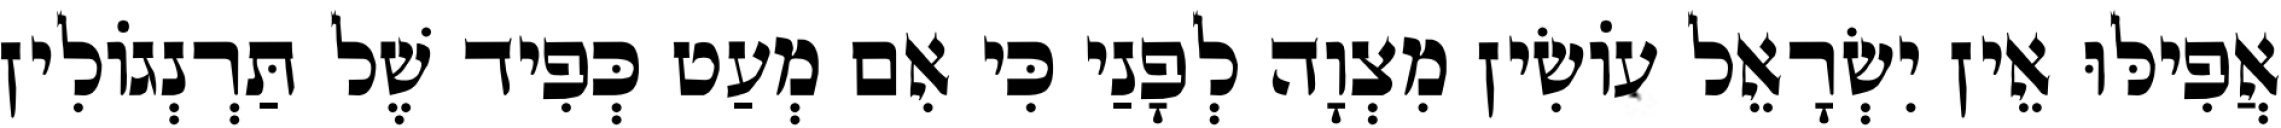
אֲפִילּוּ אֵין יִשְׂרָאֵל עוֹשִׂין מִצְוָה לְפָנַי כִּי אִם מְעַט כְּפִיד שֶׁל תַּרְנְגוֹלִין